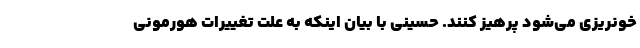
خونریزی می‌شود پرهیز کنند. حسینی با بیان اینکه به علت تغییرات هورمونی